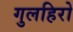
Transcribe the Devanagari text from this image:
गुलहिरो